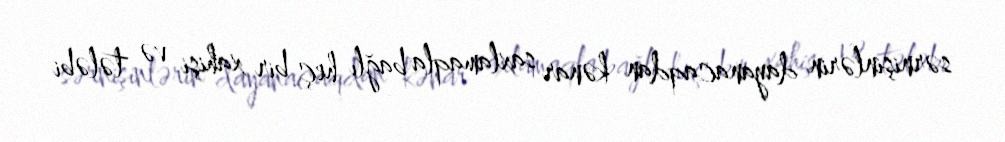
sərnişinlərin dayanacaqdan kənar saxlamaqla bağlı heç bir xahişi və tələbi